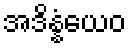
အဒိန္နံယေဝ